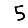
Digit: 5